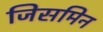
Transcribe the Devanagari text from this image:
जिसमिन